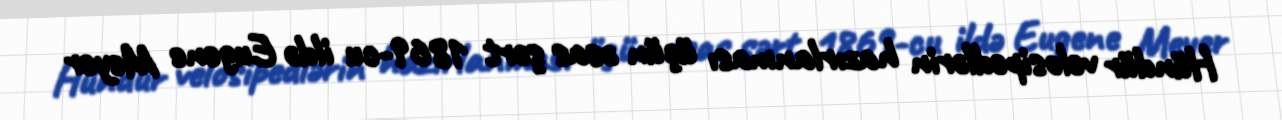
Hündür velosipedlərin hazırlanması üçün əsas şərt 1869-cu ildə Eugene Meyer